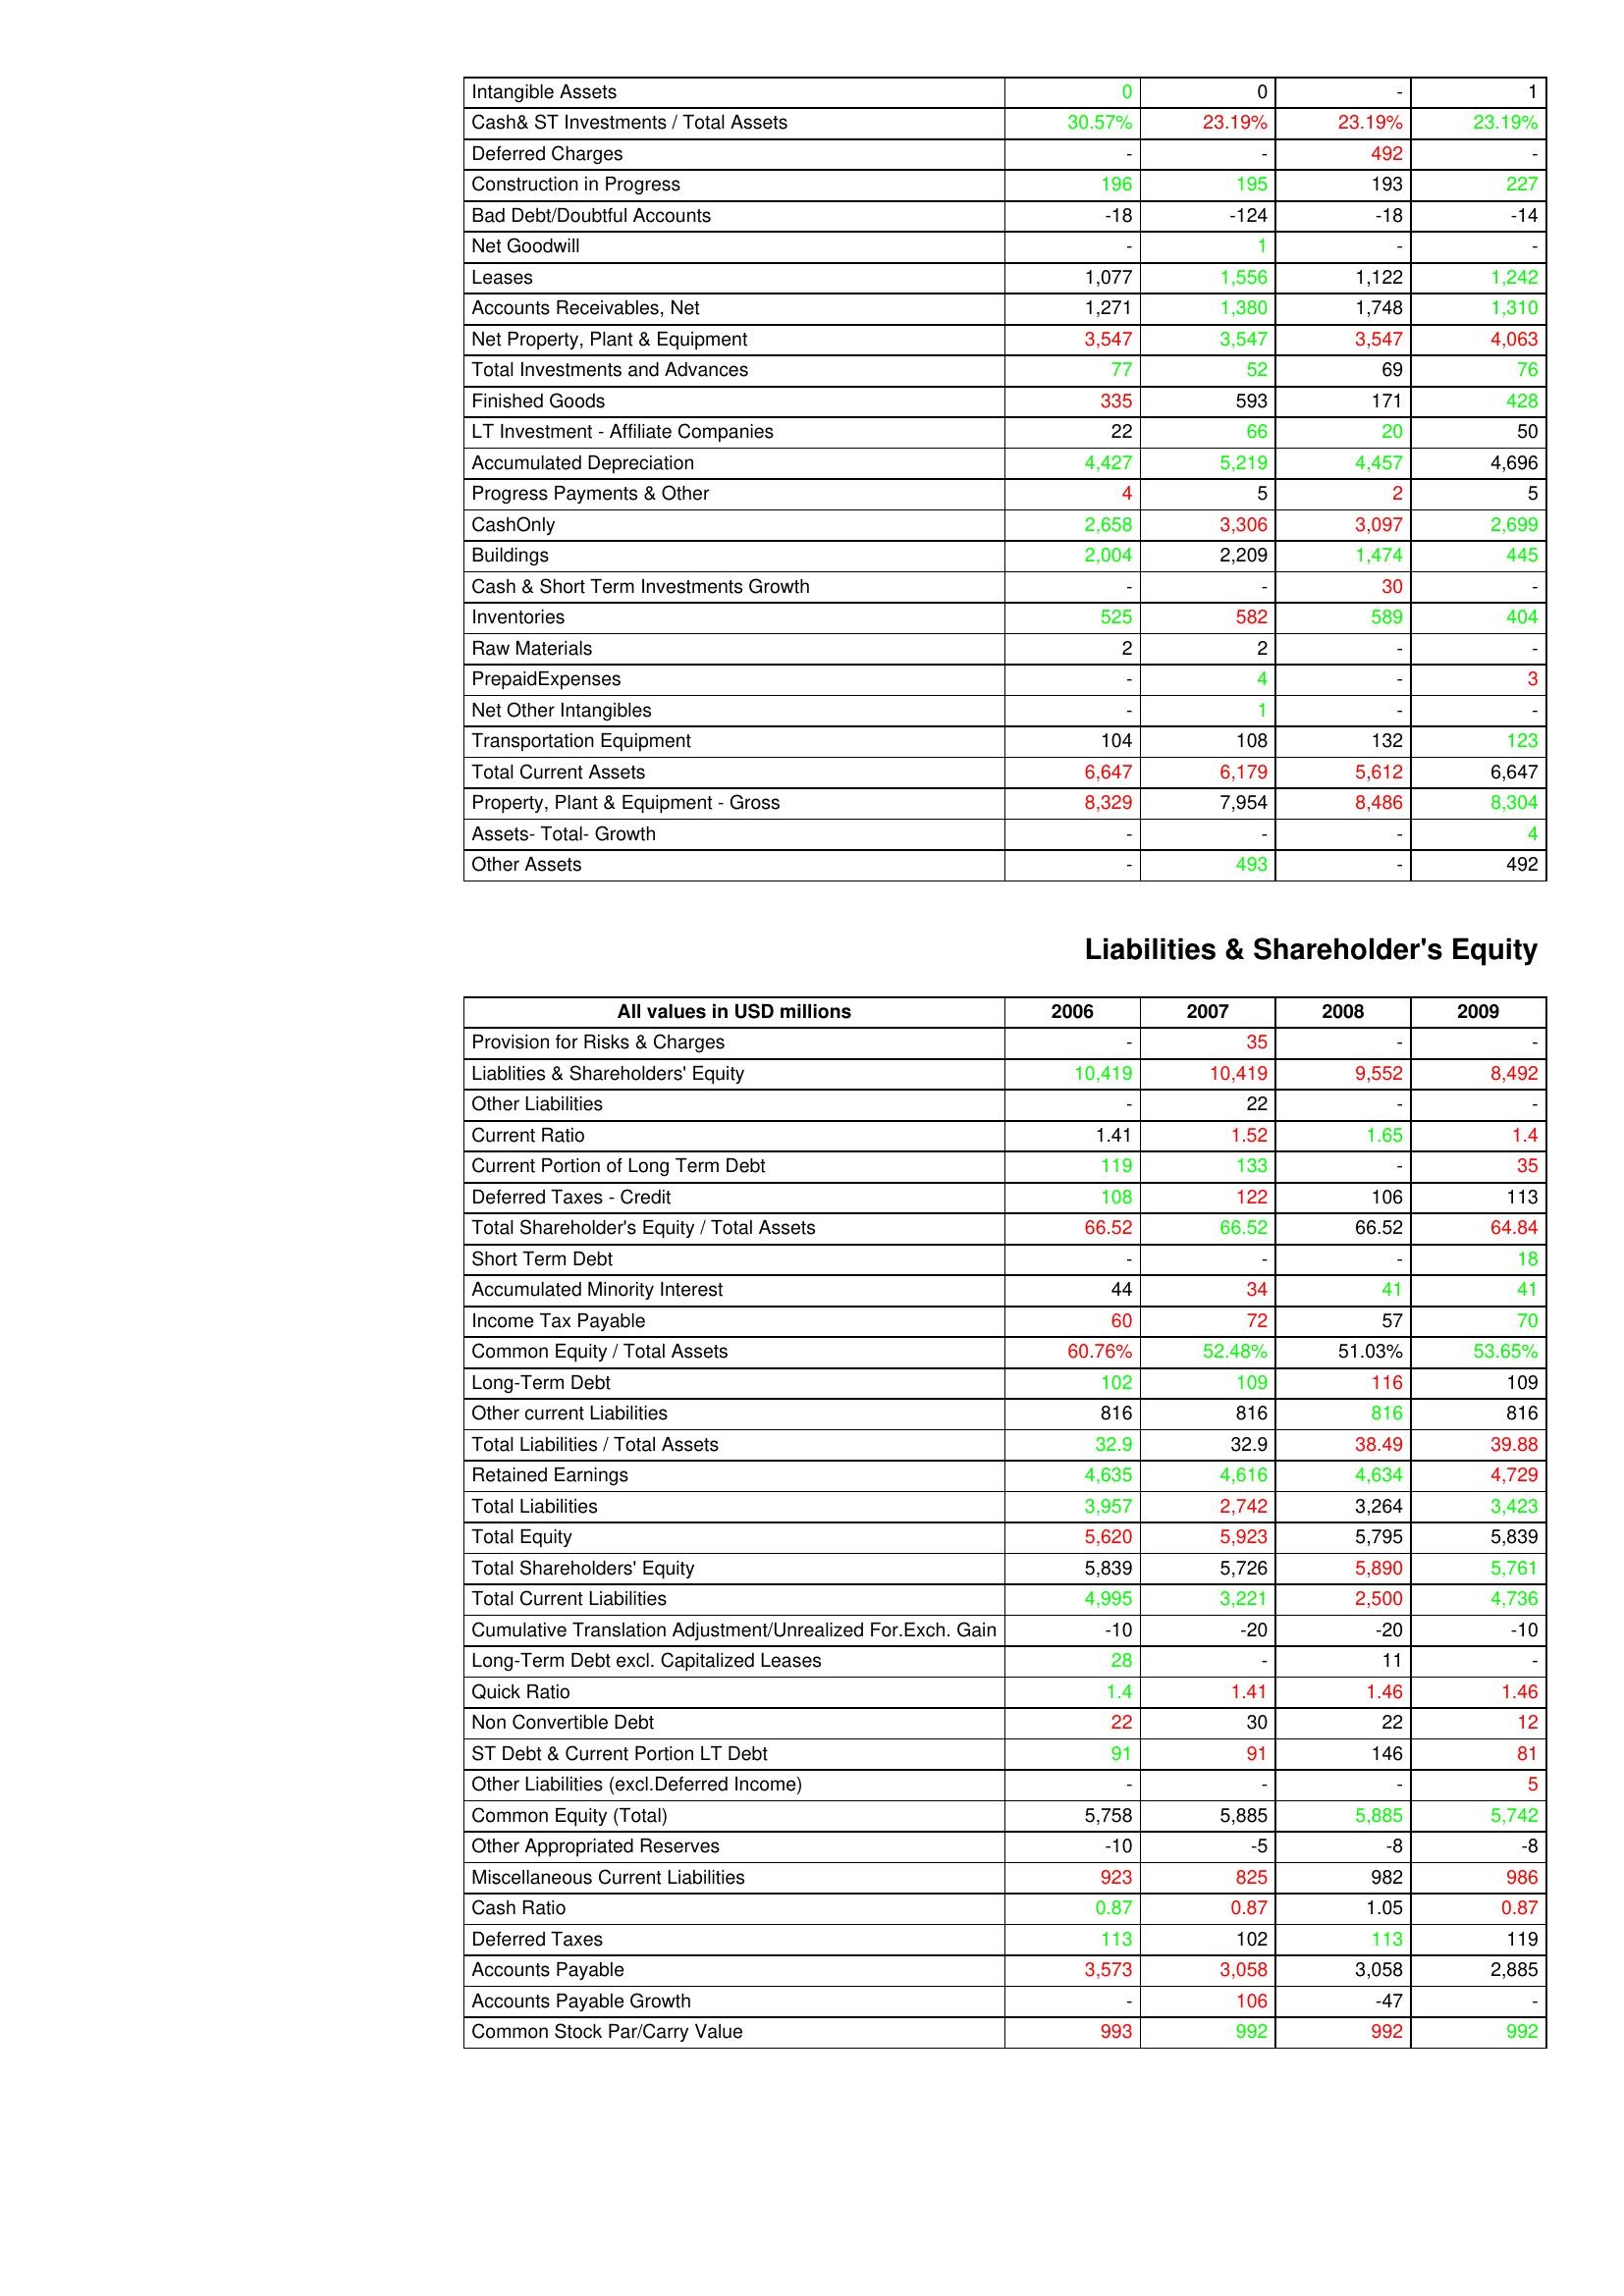
gt_parse: 2006: Assets: Intangible Assets: 0
Cash& ST Investments / Total Assets: 30.57%
Deferred Charges: -
Construction in Progress: 196
Bad Debt/Doubtful Accounts: -18
Net Goodwill: -
Leases: 1,077
Accounts Receivables, Net: 1,271
Net Property, Plant & Equipment: 3,547
Total Investments and Advances: 77
Finished Goods: 335
LT Investment - Affiliate Companies: 22
Accumulated Depreciation: 4,427
Progress Payments & Other: 4
CashOnly: 2,658
Buildings: 2,004
Cash & Short Term Investments Growth: -
Inventories: 525
Raw Materials: 2
PrepaidExpenses: -
Net Other Intangibles: -
Transportation Equipment: 104
Total Current Assets: 6,647
Property, Plant & Equipment - Gross : 8,329
Assets- Total- Growth: -
Other Assets: -
Liabilities & Shareholder's Equity: Provision for Risks & Charges: -
Liablities & Shareholders' Equity: 10,419
Other Liabilities: -
Current Ratio: 1.41
Current Portion of Long Term Debt: 119
Deferred Taxes - Credit: 108
Total Shareholder's Equity / Total Assets: 66.52
Short Term Debt: -
Accumulated Minority Interest: 44
Income Tax Payable: 60
Common Equity / Total Assets: 60.76%
Long-Term Debt: 102
Other current Liabilities: 816
Total Liabilities / Total Assets: 32.9
Retained Earnings: 4,635
Total Liabilities: 3,957
Total Equity: 5,620
Total Shareholders' Equity: 5,839
Total Current Liabilities: 4,995
Cumulative Translation Adjustment/Unrealized For.Exch. Gain: -10
Long-Term Debt excl. Capitalized Leases: 28
Quick Ratio: 1.4
Non Convertible Debt: 22
ST Debt & Current Portion LT Debt: 91
Other Liabilities (excl.Deferred Income): -
Common Equity (Total): 5,758
Other Appropriated Reserves: -10
Miscellaneous Current Liabilities: 923
Cash Ratio: 0.87
Deferred Taxes: 113
Accounts Payable: 3,573
Accounts Payable Growth: -
Common Stock Par/Carry Value: 993
2007: Assets: Intangible Assets: 0
Cash& ST Investments / Total Assets: 23.19%
Deferred Charges: -
Construction in Progress: 195
Bad Debt/Doubtful Accounts: -124
Net Goodwill: 1
Leases: 1,556
Accounts Receivables, Net: 1,380
Net Property, Plant & Equipment: 3,547
Total Investments and Advances: 52
Finished Goods: 593
LT Investment - Affiliate Companies: 66
Accumulated Depreciation: 5,219
Progress Payments & Other: 5
CashOnly: 3,306
Buildings: 2,209
Cash & Short Term Investments Growth: -
Inventories: 582
Raw Materials: 2
PrepaidExpenses: 4
Net Other Intangibles: 1
Transportation Equipment: 108
Total Current Assets: 6,179
Property, Plant & Equipment - Gross : 7,954
Assets- Total- Growth: -
Other Assets: 493
Liabilities & Shareholder's Equity: Provision for Risks & Charges: 35
Liablities & Shareholders' Equity: 10,419
Other Liabilities: 22
Current Ratio: 1.52
Current Portion of Long Term Debt: 133
Deferred Taxes - Credit: 122
Total Shareholder's Equity / Total Assets: 66.52
Short Term Debt: -
Accumulated Minority Interest: 34
Income Tax Payable: 72
Common Equity / Total Assets: 52.48%
Long-Term Debt: 109
Other current Liabilities: 816
Total Liabilities / Total Assets: 32.9
Retained Earnings: 4,616
Total Liabilities: 2,742
Total Equity: 5,923
Total Shareholders' Equity: 5,726
Total Current Liabilities: 3,221
Cumulative Translation Adjustment/Unrealized For.Exch. Gain: -20
Long-Term Debt excl. Capitalized Leases: -
Quick Ratio: 1.41
Non Convertible Debt: 30
ST Debt & Current Portion LT Debt: 91
Other Liabilities (excl.Deferred Income): -
Common Equity (Total): 5,885
Other Appropriated Reserves: -5
Miscellaneous Current Liabilities: 825
Cash Ratio: 0.87
Deferred Taxes: 102
Accounts Payable: 3,058
Accounts Payable Growth: 106
Common Stock Par/Carry Value: 992
2008: Assets: Intangible Assets: -
Cash& ST Investments / Total Assets: 23.19%
Deferred Charges: 492
Construction in Progress: 193
Bad Debt/Doubtful Accounts: -18
Net Goodwill: -
Leases: 1,122
Accounts Receivables, Net: 1,748
Net Property, Plant & Equipment: 3,547
Total Investments and Advances: 69
Finished Goods: 171
LT Investment - Affiliate Companies: 20
Accumulated Depreciation: 4,457
Progress Payments & Other: 2
CashOnly: 3,097
Buildings: 1,474
Cash & Short Term Investments Growth: 30
Inventories: 589
Raw Materials: -
PrepaidExpenses: -
Net Other Intangibles: -
Transportation Equipment: 132
Total Current Assets: 5,612
Property, Plant & Equipment - Gross : 8,486
Assets- Total- Growth: -
Other Assets: -
Liabilities & Shareholder's Equity: Provision for Risks & Charges: -
Liablities & Shareholders' Equity: 9,552
Other Liabilities: -
Current Ratio: 1.65
Current Portion of Long Term Debt: -
Deferred Taxes - Credit: 106
Total Shareholder's Equity / Total Assets: 66.52
Short Term Debt: -
Accumulated Minority Interest: 41
Income Tax Payable: 57
Common Equity / Total Assets: 51.03%
Long-Term Debt: 116
Other current Liabilities: 816
Total Liabilities / Total Assets: 38.49
Retained Earnings: 4,634
Total Liabilities: 3,264
Total Equity: 5,795
Total Shareholders' Equity: 5,890
Total Current Liabilities: 2,500
Cumulative Translation Adjustment/Unrealized For.Exch. Gain: -20
Long-Term Debt excl. Capitalized Leases: 11
Quick Ratio: 1.46
Non Convertible Debt: 22
ST Debt & Current Portion LT Debt: 146
Other Liabilities (excl.Deferred Income): -
Common Equity (Total): 5,885
Other Appropriated Reserves: -8
Miscellaneous Current Liabilities: 982
Cash Ratio: 1.05
Deferred Taxes: 113
Accounts Payable: 3,058
Accounts Payable Growth: -47
Common Stock Par/Carry Value: 992
2009: Assets: Intangible Assets: 1
Cash& ST Investments / Total Assets: 23.19%
Deferred Charges: -
Construction in Progress: 227
Bad Debt/Doubtful Accounts: -14
Net Goodwill: -
Leases: 1,242
Accounts Receivables, Net: 1,310
Net Property, Plant & Equipment: 4,063
Total Investments and Advances: 76
Finished Goods: 428
LT Investment - Affiliate Companies: 50
Accumulated Depreciation: 4,696
Progress Payments & Other: 5
CashOnly: 2,699
Buildings: 445
Cash & Short Term Investments Growth: -
Inventories: 404
Raw Materials: -
PrepaidExpenses: 3
Net Other Intangibles: -
Transportation Equipment: 123
Total Current Assets: 6,647
Property, Plant & Equipment - Gross : 8,304
Assets- Total- Growth: 4
Other Assets: 492
Liabilities & Shareholder's Equity: Provision for Risks & Charges: -
Liablities & Shareholders' Equity: 8,492
Other Liabilities: -
Current Ratio: 1.4
Current Portion of Long Term Debt: 35
Deferred Taxes - Credit: 113
Total Shareholder's Equity / Total Assets: 64.84
Short Term Debt: 18
Accumulated Minority Interest: 41
Income Tax Payable: 70
Common Equity / Total Assets: 53.65%
Long-Term Debt: 109
Other current Liabilities: 816
Total Liabilities / Total Assets: 39.88
Retained Earnings: 4,729
Total Liabilities: 3,423
Total Equity: 5,839
Total Shareholders' Equity: 5,761
Total Current Liabilities: 4,736
Cumulative Translation Adjustment/Unrealized For.Exch. Gain: -10
Long-Term Debt excl. Capitalized Leases: -
Quick Ratio: 1.46
Non Convertible Debt: 12
ST Debt & Current Portion LT Debt: 81
Other Liabilities (excl.Deferred Income): 5
Common Equity (Total): 5,742
Other Appropriated Reserves: -8
Miscellaneous Current Liabilities: 986
Cash Ratio: 0.87
Deferred Taxes: 119
Accounts Payable: 2,885
Accounts Payable Growth: -
Common Stock Par/Carry Value: 992